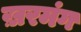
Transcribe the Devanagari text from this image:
ख़रमंग